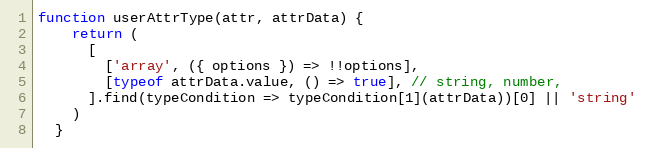
Language: JavaScript
function userAttrType(attr, attrData) {
    return (
      [
        ['array', ({ options }) => !!options],
        [typeof attrData.value, () => true], // string, number,
      ].find(typeCondition => typeCondition[1](attrData))[0] || 'string'
    )
  }